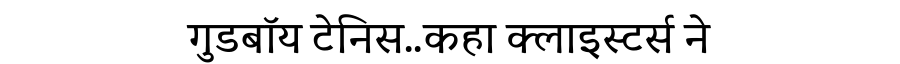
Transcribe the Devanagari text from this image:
गुडबॉय टेनिस..कहा क्लाइस्टर्स ने